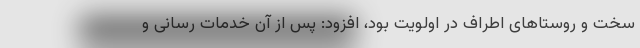
سخت و روستاهای اطراف در اولویت بود، افزود: پس از آن خدمات رسانی و